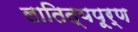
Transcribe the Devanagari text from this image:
लातित्यपूर्ण